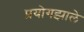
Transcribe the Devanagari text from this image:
प्रयोगझाले